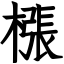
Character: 㯑